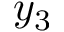
y _ { 3 }